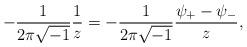
LaTeX: \begin{align*}-\frac 1 {2\pi\sqrt{-1}}\frac 1 z=-\frac 1 {2\pi\sqrt{-1}}\frac {\psi_{+}-\psi_{-}} z,\end{align*}